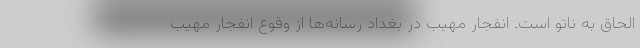
الحاق به ناتو است. انفجار مهیب در بغداد رسانه‌ها از وقوع انفجار مهیب